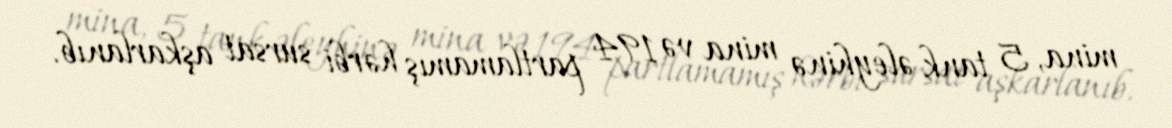
mina, 5 tank əleyhinə mina və 194 partlamamış hərbi sursat aşkarlanıb.